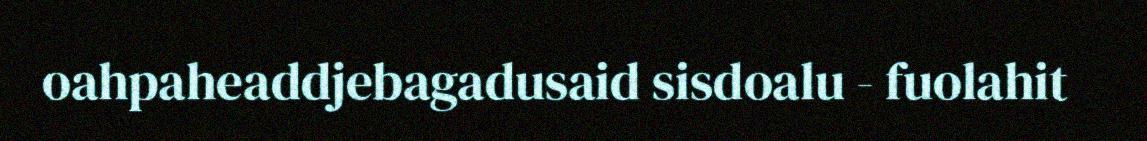
oahpaheaddjebagadusaid sisdoalu - fuolahit